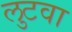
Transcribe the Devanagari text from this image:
लुटवा